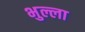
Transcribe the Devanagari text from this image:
भुल्ला